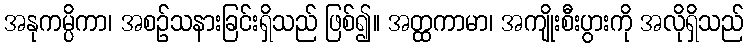
အနုကမ္ပိကာ၊ အစဉ်သနားခြင်းရှိသည် ဖြစ်၍။ အတ္ထကာမာ၊ အကျိုးစီးပွားကို အလိုရှိသည်